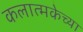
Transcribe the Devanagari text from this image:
कलात्मकेच्या